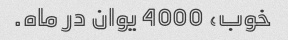
خوب، 4000 یوان در ماه.